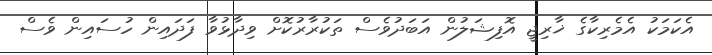
އެކަމަކު އެމެރިކާގެ ޚާރިޖީ އޮފިޝަލުން އަބަދުވެސް ތަކުރާރުކޮށް ވިދާޅުވާ ފަދައިން ހުސައިން ވެސް